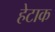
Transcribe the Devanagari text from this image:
हेटाक